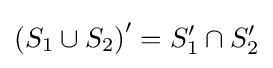
\left(S_{1}\cup S_{2}\right)'=S_{1}'\cap S_{2}'